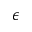
\epsilon